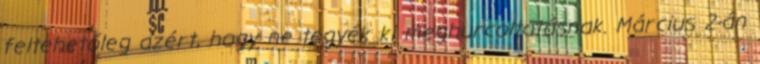
feltehetőleg azért, hogy ne tegyék ki meghurcoltatásnak. Március 2-án